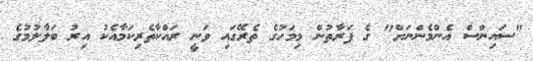
"ސައިންސް އެންމެންނަށް" ގެ ފަރާތުން މިމަހުގެ ތެރޭގައި ވަނީ ރައްކާތެރިކަމާއެކު އިރު ބަލާލުމުގެ